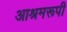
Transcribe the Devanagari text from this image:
आश्रमरूपी